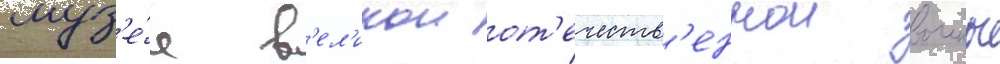
муз'е́е в'ел'икои от'ечеств'еннои воины